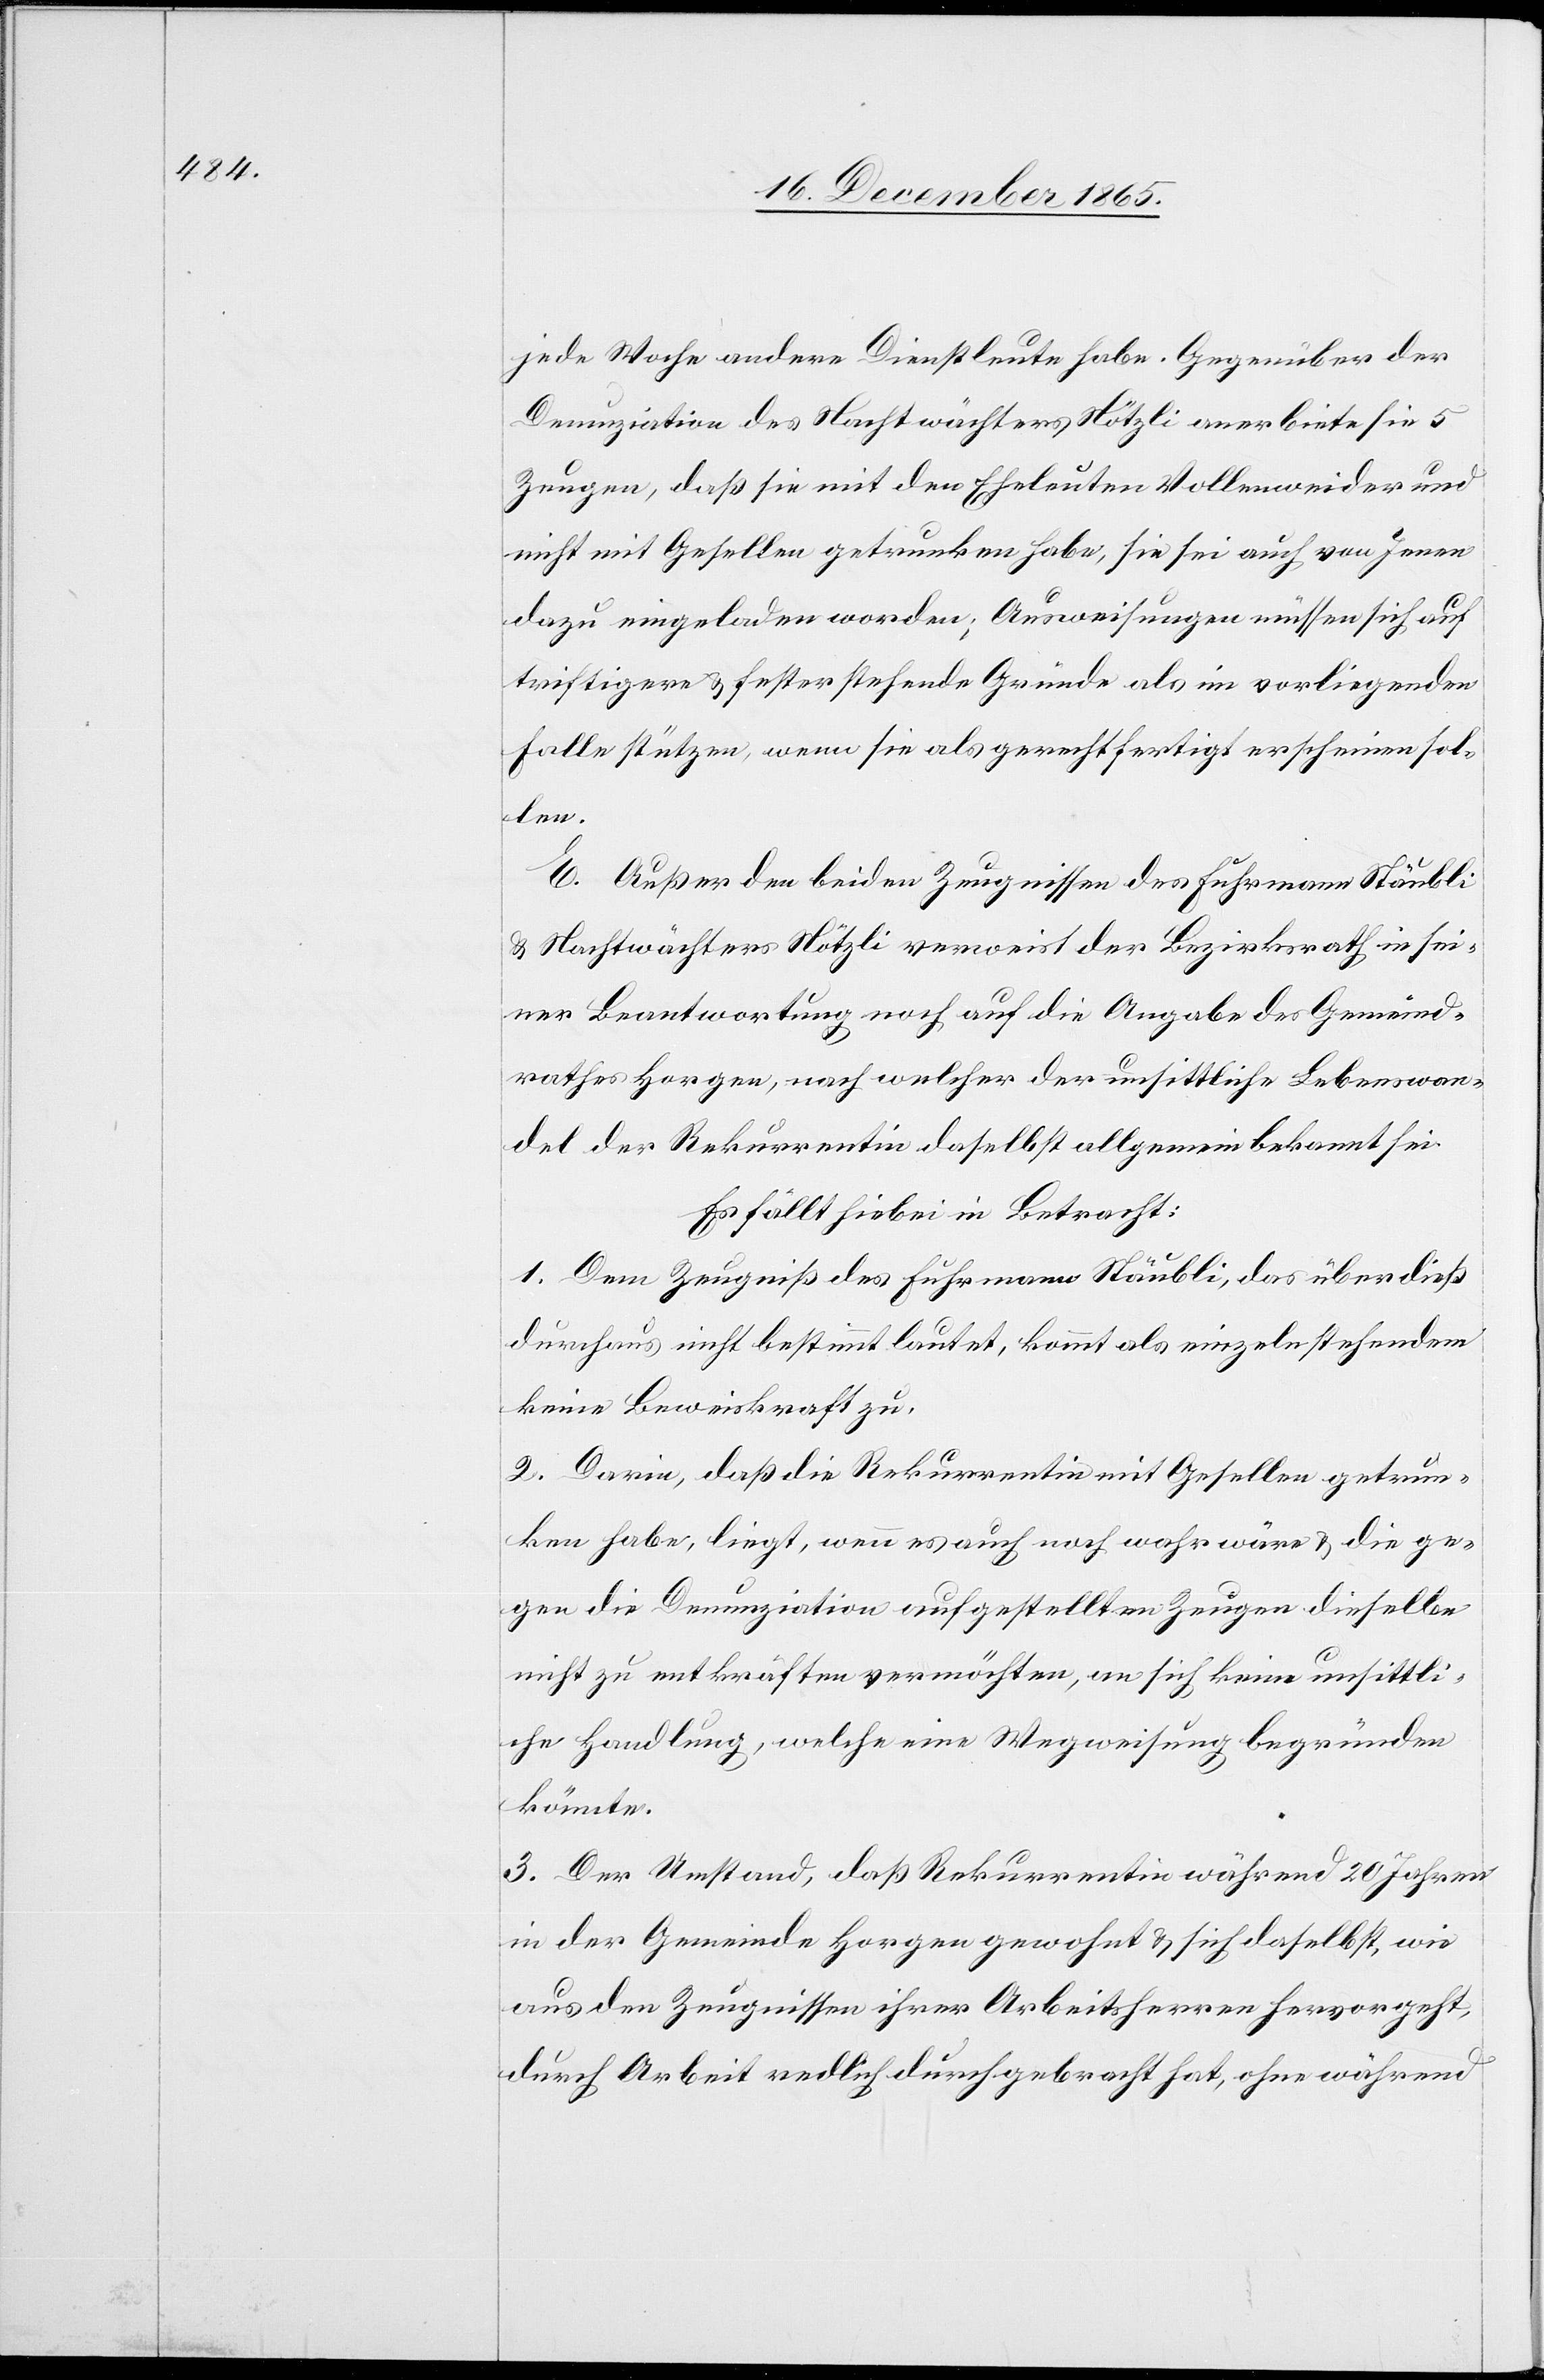
jede Woche andere Dienstleute habe. Gegenüber der
Denunziation des Nachtwächters Nötzli anerbiete sie 5
Zeugen, daß sie mit den Eheleuten Vollenweider und
nicht mit Gesellen getrunken habe, sie sei auch von Jenen
dazu eingeladen worden; Ausweisungen müssen sich auf
triftigere & fester stehende Gründe als im vorliegenden
Falle stützen, wenn sie als gerechtfertigt erscheinen sol¬
len.
E. Außer den beiden Zeugnissen des Fuhrmann Stäubli
& Nachtwächters Nötzli verweist der Bezirksrath in sei¬
ner Beantwortung noch auf die Angabe des Gemeind¬
rathes Horgen, nach welcher der unsittliche Lebenswan¬
del der Rekurrentin daselbst allgemein bekannt sei.
Es fällt hiebei in Betracht:
1. Dem Zeugniß des Fuhrmann Stäubli, das überdieß
durchaus nicht bestimmt lautet, kommt als einzeln stehendem
keine Beweiskraft zu.
2. Darin, daß die Rekurrentin mit Gesellen getrun¬
ken habe, liegt, wenn es auch noch wahr wäre & die ge¬
gen die Denunziation aufgestellten Zeugen dieselbe
nicht zu entkräften vermöchten, an sich keine unsittli¬
che Handlung, welche eine Wegweisung begründen
könnte.
3. Der Umstand, daß Rekurrentin während 20 Jahren
in der Gemeinde Horgen gewohnt & sich daselbst, wie
aus den Zeugnissen ihrer Arbeitsherren hervorgeht,
durch Arbeit redlich durchgebracht hat, ohne während